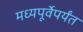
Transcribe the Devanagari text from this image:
मध्यपूर्वेपर्यंत